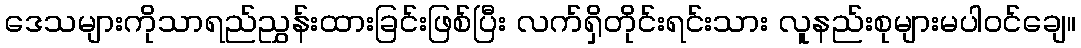
ဒေသများကိုသာရည်ညွှန်းထားခြင်းဖြစ်ပြီး လက်ရှိတိုင်းရင်းသား လူနည်းစုများမပါဝင်ချေ။